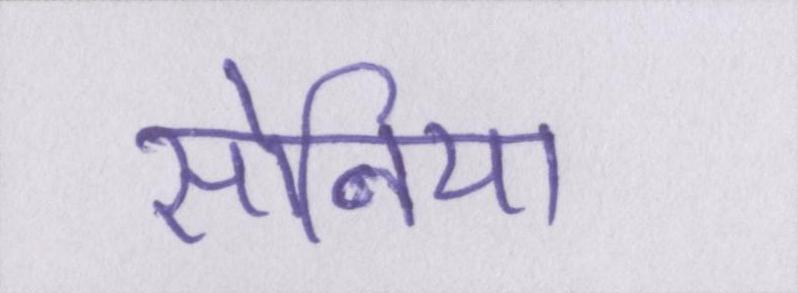
सोनिया